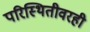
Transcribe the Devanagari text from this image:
परिस्थितीवरही